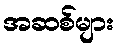
အဆစ်များ